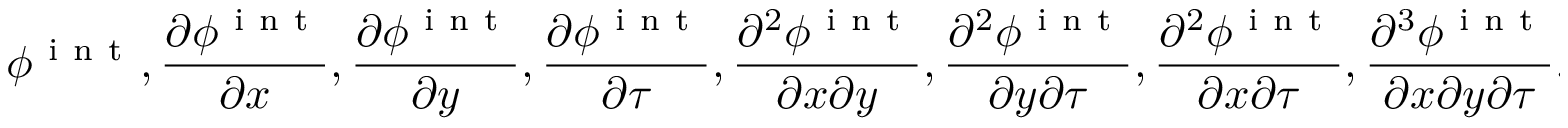
\phi ^ { \mathrm { ~ i ~ n ~ t ~ } } , \frac { \partial \phi ^ { \mathrm { ~ i ~ n ~ t ~ } } } { \partial x } , \frac { \partial \phi ^ { \mathrm { ~ i ~ n ~ t ~ } } } { \partial y } , \frac { \partial \phi ^ { \mathrm { ~ i ~ n ~ t ~ } } } { \partial \tau } , \frac { \partial ^ { 2 } \phi ^ { \mathrm { ~ i ~ n ~ t ~ } } } { \partial x \partial y } , \frac { \partial ^ { 2 } \phi ^ { \mathrm { ~ i ~ n ~ t ~ } } } { \partial y \partial \tau } , \frac { \partial ^ { 2 } \phi ^ { \mathrm { ~ i ~ n ~ t ~ } } } { \partial x \partial \tau } , \frac { \partial ^ { 3 } \phi ^ { \mathrm { ~ i ~ n ~ t ~ } } } { \partial x \partial y \partial \tau } .